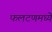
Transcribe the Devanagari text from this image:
फलटणमध्ये